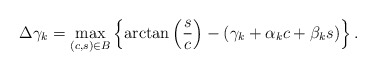
\begin{align*} \Delta \gamma_k = \max_{(c,s) \in B} \left \{ \arctan \left( \frac{s}{c} \right) - (\gamma_k+ \alpha_k c + \beta_k s ) \right \}. \end{align*}